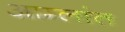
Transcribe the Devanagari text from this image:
आम्लांत